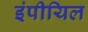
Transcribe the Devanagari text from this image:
इंपीयिल